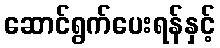
ဆောင်ရွက်ပေးရန်နှင့်